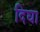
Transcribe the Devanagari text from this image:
दिघा